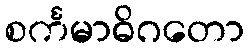
စင်္ကမာဓိဂတော